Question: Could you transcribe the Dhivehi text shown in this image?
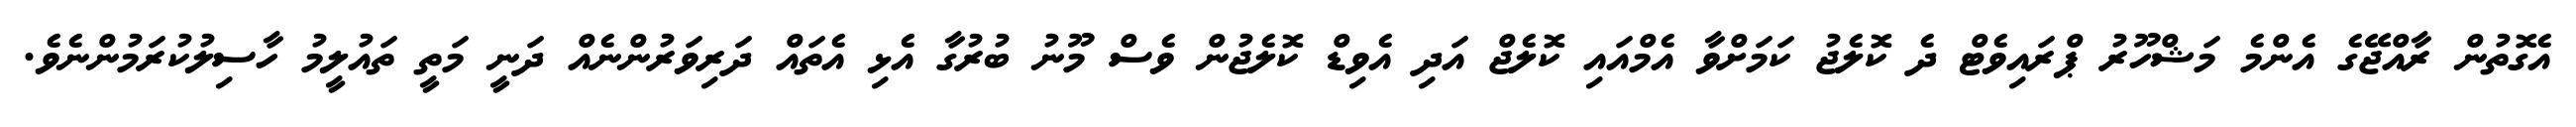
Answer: އެގޮތުން ރާއްޖޭގެ އެންމެ މަޝްހޫރު ޕްރައިވެޓް ދެ ކޮލެޖު ކަމަށްވާ އެމްއައި ކޮލެޖް އަދި އެވިޑް ކޮލެޖުން ވެސް މޫނު ބުރުގާ އެޅި އެތައް ދަރިވަރުންނެއް ދަނީ މަތީ ތައުލީމު ހާސިލުކުރަމުންނެވެ.